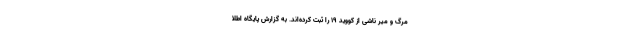
مرگ‌ و میر ناشی از کووید ۱۹ را ثبت کرده‌اند. به گزارش پایگاه اطلا